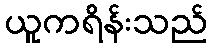
ယူကရိန်းသည်